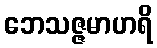
ဘေသဇ္ဇမာဟရိ